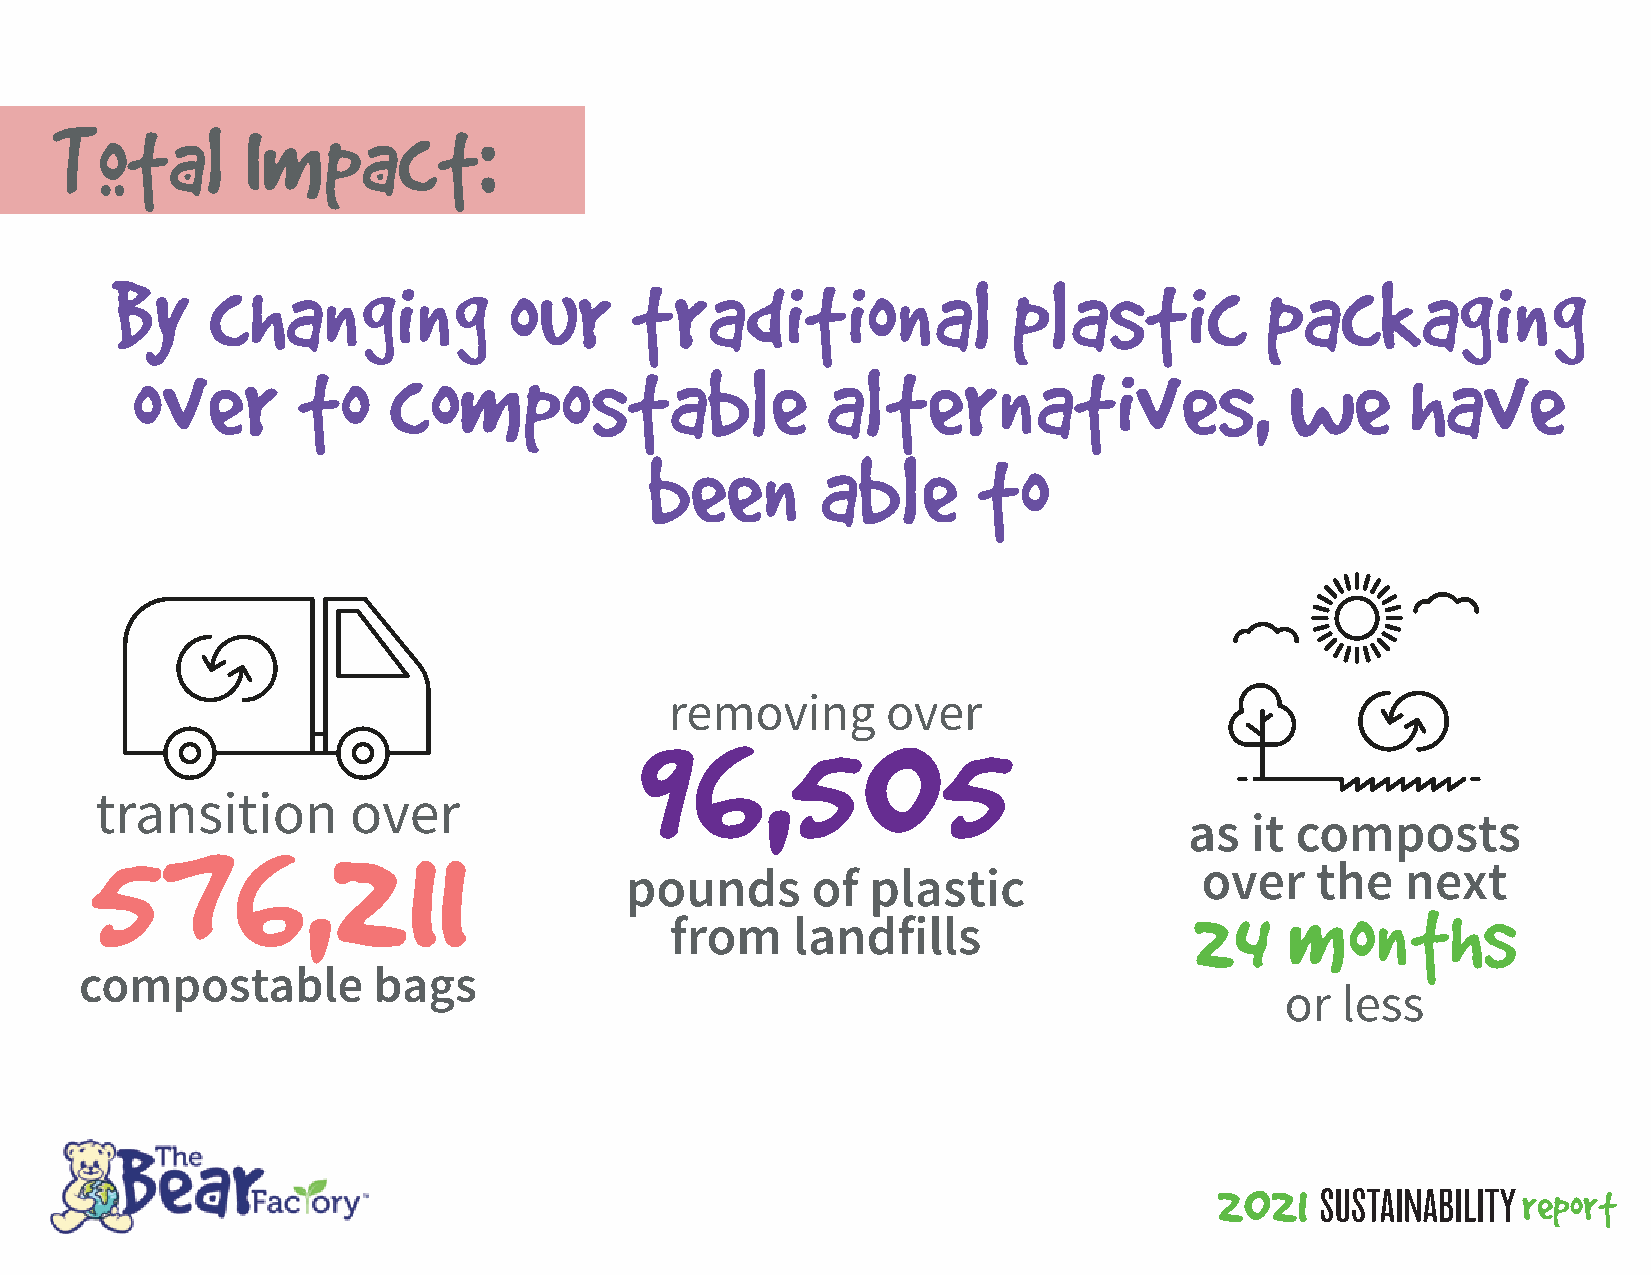
Total        Impact:
 By     changing            our     traditional              plastic          packaging
 over       to    compostable                  alternatives,                 we      have
 been       able       to
 9re6mo,v5ing0    ove5r
 5tra7nsi6tio,n2  ov1e1r
 as  it composts
 over    the   next
 pounds       of  plastic
 24    months
 from    landfills
 compostable         bags
 or  less